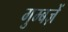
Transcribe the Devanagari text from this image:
गुम्बज़ें